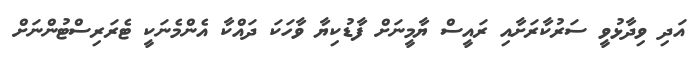
އަދި ވިދާޅުވީ ސަރުކާރަށާއި ރައީސް ޔާމީނަށް ފާޑުކިޔާ ވާހަކަ ދައްކާ އެންމެނަކީ ޓެރަރިސްޓުންނަށް